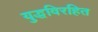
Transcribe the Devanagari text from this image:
युद्धविरहित